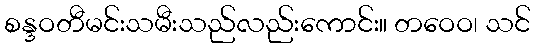
စန္ဒဝတီမင်းသမီးသည်လည်းကောင်း။ တဝေဝ၊ သင်